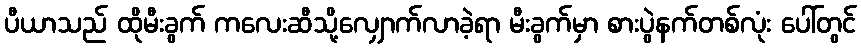
ပီယာသည် ထိုမီးခွက် ကလေးဆီသို့လျှောက်လာခဲ့ရာ မီးခွက်မှာ စားပွဲနက်တစ်လုံး ပေါ်တွင်